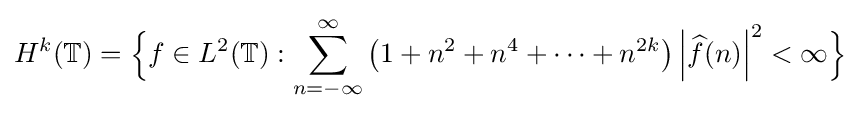
H^{k}(\mathbb {T} )={\Big \{}f\in L^{2}(\mathbb {T} ):\sum _{n=-\infty }^{\infty }\left(1+n^{2}+n^{4}+\dots +n^{2k}\right)\left|{\widehat {f}}(n)\right|^{2}<\infty {\Big \}}